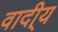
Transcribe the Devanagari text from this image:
वादी्य